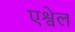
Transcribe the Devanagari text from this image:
एश्वेल